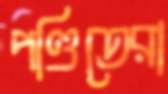
পণ্ডিতেরা